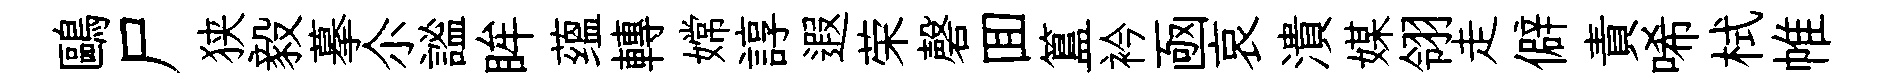
鷗尸狭毅摹尒謐眸蕴轉嫦諄遐荣磬囬簋衿凾哀潰媒翎走僻責唏栻帷